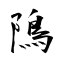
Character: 隝